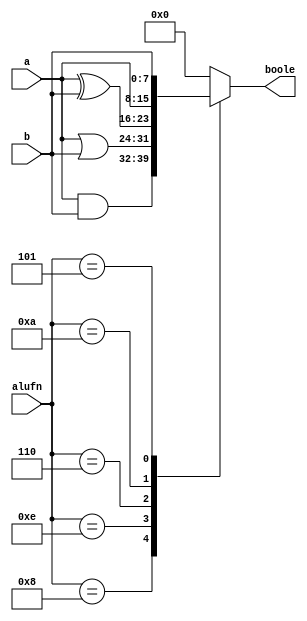
/*
   This file was generated automatically by the Mojo IDE version B1.3.3.
   Do not edit this file directly. Instead edit the original Lucid source.
   This is a temporary file and any changes made to it will be destroyed.
*/

module boolean_6 (
    input [7:0] a,
    input [7:0] b,
    input [3:0] alufn,
    output reg [7:0] boole
  );
  
  
  
  always @* begin
    
    case (alufn)
      4'h8: begin
        boole = a & b;
      end
      4'he: begin
        boole = a | b;
      end
      4'h6: begin
        boole = a ^ b;
      end
      4'ha: begin
        boole = a;
      end
      4'h5: begin
        boole = b;
      end
      default: begin
        boole = 1'h0;
      end
    endcase
  end
endmodule